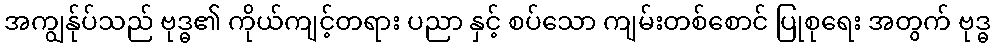
အကျွန်ုပ်သည် ဗုဒ္ဓ၏ ကိုယ်ကျင့်တရား ပညာ နှင့် စပ်သော ကျမ်းတစ်စောင် ပြုစုရေး အတွက် ဗုဒ္ဓ